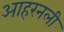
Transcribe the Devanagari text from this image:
आहरनली